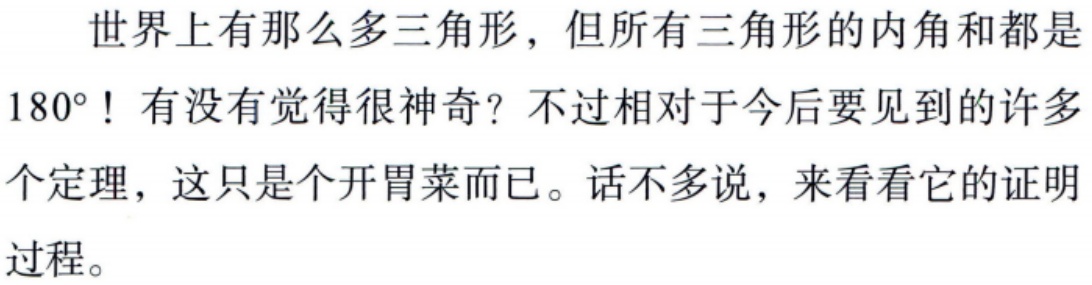
世界上有那么多三角形，但所有三角形的内角和都是$180^{\circ}$！有没有觉得很神奇？不过相对于今后要见到的许多个定理，这只是个开胃菜而已。话不多说，来看看它的证明过程。